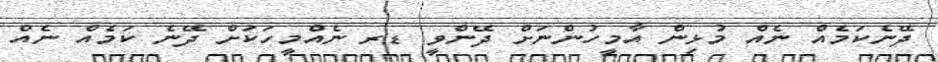
ދޭނެކަމެއް ނެއް މުޅިން އާމީހުންނަށް ދޭންވީ ޑރ ނެއްމީހަކަށް ދޭނެ ކަމެއް ނެއް